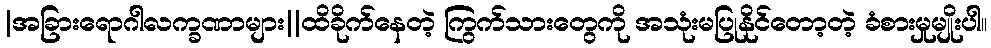
|အခြားရောဂါလက္ခဏာများ||ထိခိုက်နေတဲ့ ကြွက်သားတွေကို အသုံးမပြုနိုင်တော့တဲ့ ခံစားမှုမျိုးပါ။